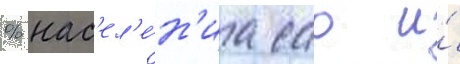
% нас'ел'е́н'иа сао и́